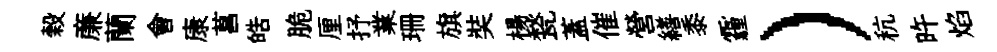
榖亷蘭會康菖皓脆厘抒業珊旗奘楊甃蓋催營繕黍霾）秔旿焰